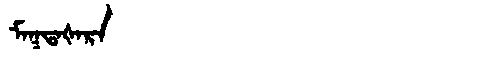
Manchu: ᠮᠠᡴᡨᠠᡧᠠᡵᠠ
Romanization: MAKTAŠARA